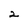
Character: 2